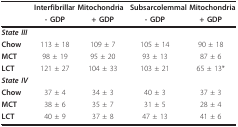
|  | <COLSPAN=2> Interfibrillar Mitochondria | <COLSPAN=2> Subsarcolemmal Mitochondria |
 |  | - GDP | + GDP | - GDP | + GDP |
 | --- | --- | --- | --- | --- |
 | State III |  |  |  |  |
 | Chow | 113 ± 18 | 109 ± 7 | 105 ± 14 | 90 ± 18 |
 | MCT | 98 ± 19 | 95 ± 20 | 93 ± 13 | 87 ± 6 |
 | LCT | 121 ± 27 | 104 ± 33 | 103 ± 21 | 65 ± 13* |
 | State IV |  |  |  |  |
 | Chow | 37 ± 4 | 34 ± 3 | 40 ± 3 | 37 ± 3 |
 | MCT | 38 ± 6 | 35 ± 7 | 31 ± 5 | 28 ± 4 |
 | LCT | 40 ± 9 | 37 ± 8 | 47 ± 13 | 41 ± 6 |